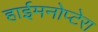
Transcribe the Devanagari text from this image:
हाईमनोप्टेरा